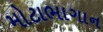
મોટાભાગાન